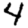
Digit: 4